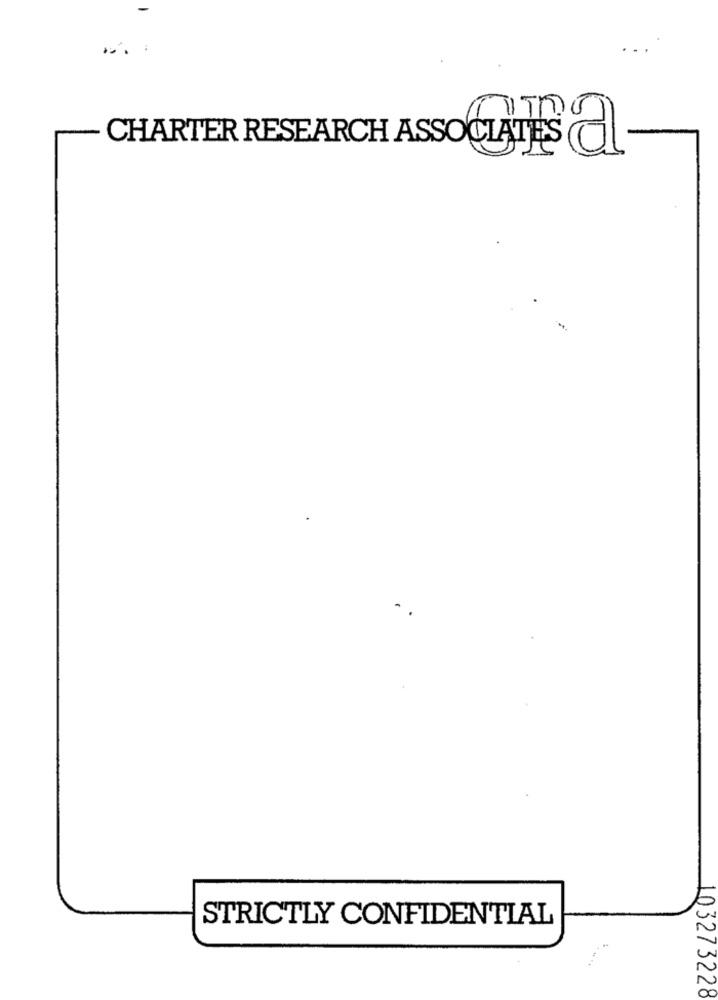
CHARTER RESEARCH ASSOCIATES CL
STRICTLY CONFIDENTIAL
103273228